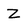
Character: Z